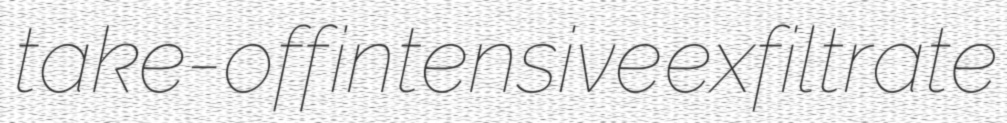
take-off intensive exfiltrate